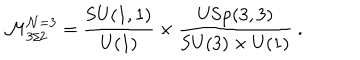
\mathcal { M } _ { 3 / 2 } ^ { \mathcal { N } = 3 } = \frac { \mathrm { S U } ( 1 , 1 ) } { \mathrm { U } ( 1 ) } \times \frac { \mathrm { U S p } ( 3 , 3 ) } { \mathrm { S U } ( 3 ) \times \mathrm { U } ( 1 ) } ~ .